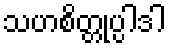
သဟစိတ္တုပ္ပါဒါ